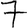
Digit: 7